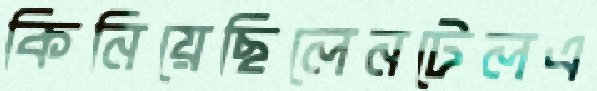
কিনিয়েছিলেনটেলএ